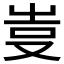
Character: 𠭆